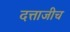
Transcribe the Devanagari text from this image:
दत्ताजीच